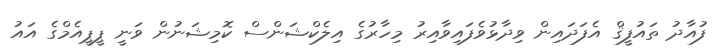
ފުއާދު ތައުފީޤް އެފަދައިން ވިދާޅުވެފައިވާއިރު މިހާރުގެ އިލެކްޝަންސް ކޮމިޝަނުން ވަނީ ޕީޕީއެމްގެ އައު